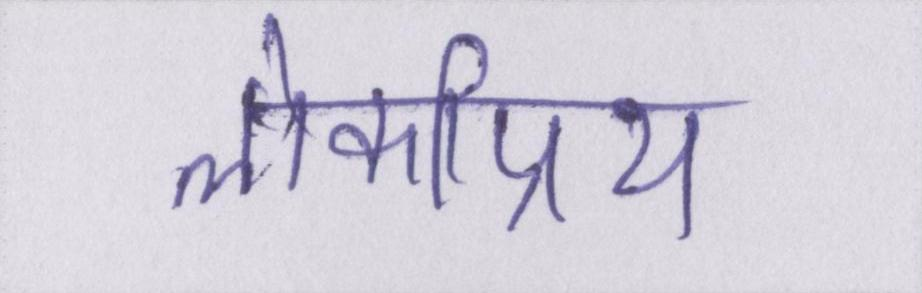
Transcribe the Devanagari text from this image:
लोकप्रिय